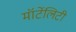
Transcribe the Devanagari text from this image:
मॉर्टेलिटी